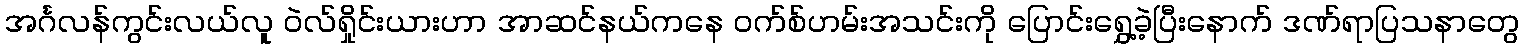
အင်္ဂလန်ကွင်းလယ်လူ ဝဲလ်ရှိုင်းယားဟာ အာဆင်နယ်ကနေ ဝက်စ်ဟမ်းအသင်းကို ပြောင်းရွှေ့ခဲ့ပြီးနောက် ဒဏ်ရာပြသနာတွေ